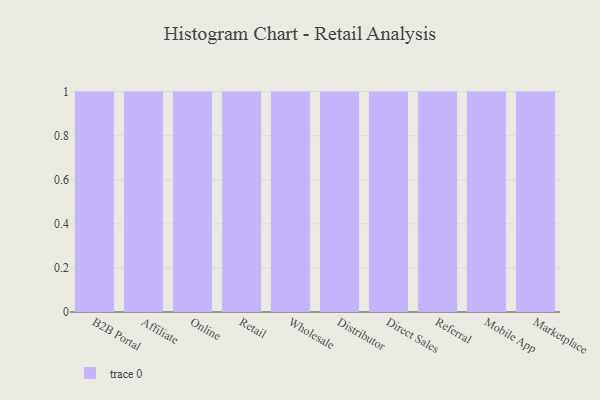
{"axis": {"x": "Channel", "y": "Energy Usage (MWh)"}, "legend": [""], "data": [{"x": "B2B Portal", "y": 65, "type": ""}, {"x": "Affiliate", "y": 8, "type": ""}, {"x": "Online", "y": 13, "type": ""}, {"x": "Retail", "y": 93, "type": ""}, {"x": "Wholesale", "y": 25, "type": ""}, {"x": "Distributor", "y": 42, "type": ""}, {"x": "Direct Sales", "y": 24, "type": ""}, {"x": "Referral", "y": 58, "type": ""}, {"x": "Mobile App", "y": 82, "type": ""}, {"x": "Marketplace", "y": 30, "type": ""}]}